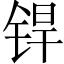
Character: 𬭍